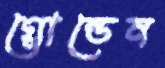
গ্লোন্ডেন